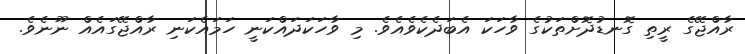
ރާއްޖޭގެ ރީތި ގޮނޑުދޮށްތަކުގެ ވާހަކަ އެބަދެކެވެއެވެ. މި ވާހަކަދައްކަނީ ހަމައެކަނި ރާއްޖޭގައެއް ނޫނެވެ.